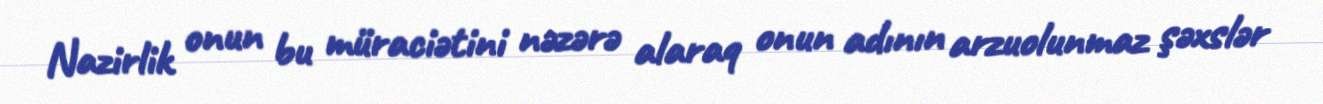
Nazirlik onun bu müraciətini nəzərə alaraq onun adının arzuolunmaz şəxslər